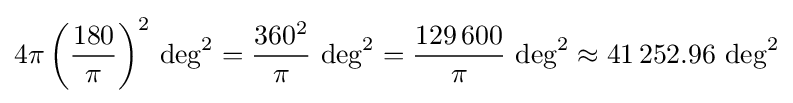
4\pi \left({\frac {180}{\pi }}\right)^{2}\,{\deg }^{2}={\frac {360^{2}}{\pi }}~{\deg }^{2}={\frac {129\,600}{\pi }}~{\deg }^{2}\approx 41\,252.96~{\deg }^{2}